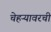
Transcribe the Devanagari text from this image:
चेहऱ्यावरची